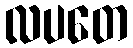
လပတေ